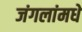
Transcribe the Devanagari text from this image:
जंगलांमधे